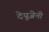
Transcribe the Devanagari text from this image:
देयूजेनी